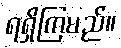
ရရှိကြမည်။